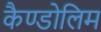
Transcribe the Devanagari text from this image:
कैण्डोलिम